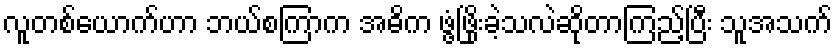
လူတစ်ယောက်ဟာ ဘယ်စကြာက အဓိက ဖွံ့ဖြိုးခဲ့သလဲဆိုတာကြည့်ပြီး သူအသက်